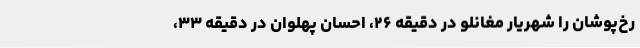
رخ‌پوشان را شهریار مغانلو در دقیقه ۲۶، احسان پهلوان در دقیقه ۳۳،